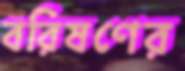
বরিষণের